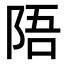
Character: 𫕁